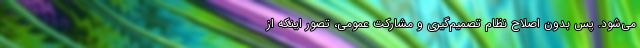
می‌شود. پس بدون اصلاح نظام تصمیم‌گیری و مشارکت عمومی، تصور اینکه از